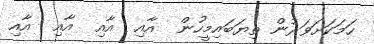
ހަމަކަށަވަރުން ތިޔަބައިމީހުން  އާއި  އާއި  އާއި  އާއި